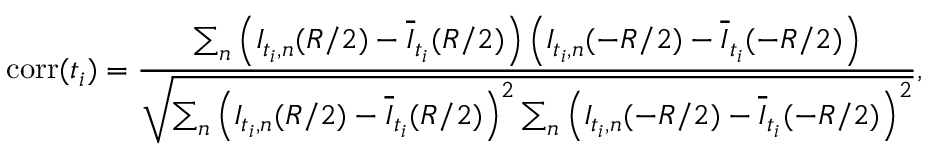
\mathrm { c o r r } ( t _ { i } ) = \frac { \sum _ { n } \left( I _ { t _ { i } , n } ( R / 2 ) - \overline { { I } } _ { t _ { i } } ( R / 2 ) \right) \left( I _ { t _ { i } , n } ( - R / 2 ) - \overline { { I } } _ { t _ { i } } ( - R / 2 ) \right) } { \sqrt { \sum _ { n } \left( I _ { t _ { i } , n } ( R / 2 ) - \overline { { I } } _ { t _ { i } } ( R / 2 ) \right) ^ { 2 } \sum _ { n } \left( I _ { t _ { i } , n } ( - R / 2 ) - \overline { { I } } _ { t _ { i } } ( - R / 2 ) \right) ^ { 2 } } } ,